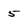
Character: 5